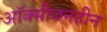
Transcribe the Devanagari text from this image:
ऑक्सीजनहीन